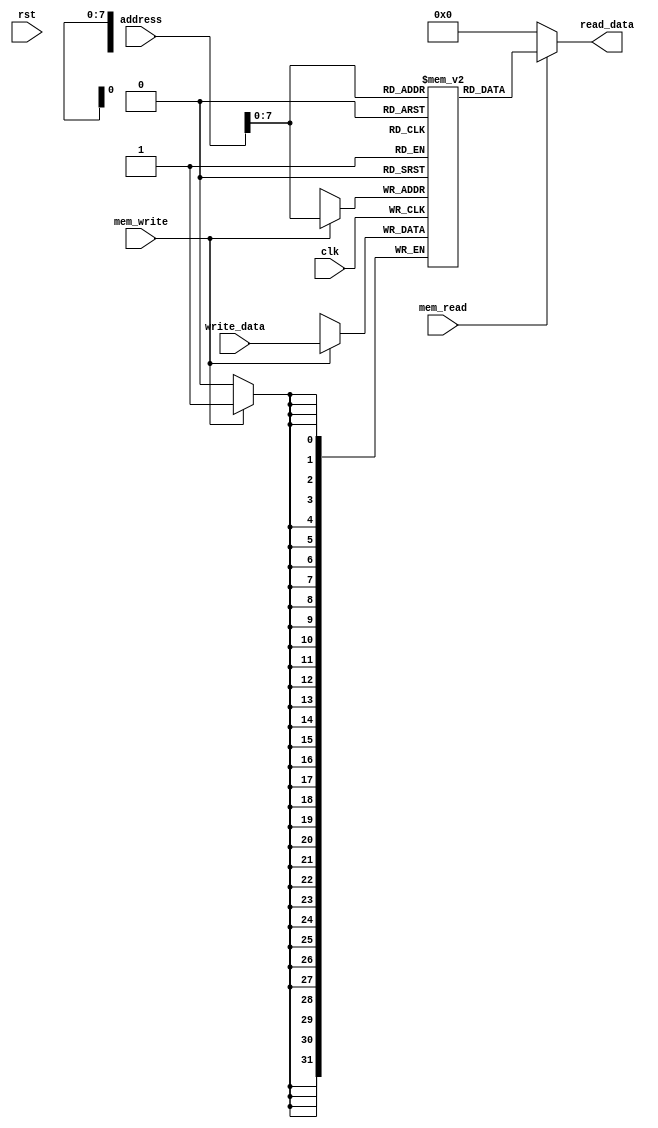
module Data_memory(input [31:0]address,write_data,input mem_read,mem_write,input clk,rst,output [31:0] read_data);
  reg [31:0] memory [255:0];
  assign read_data = mem_read ? memory[address] : 32'b0;

  always @ ( posedge clk ) begin
    if (mem_write) begin
      memory[address] = write_data;
    end
     // memory[1000] = 32'b00000000000000000000000000000001;
     // memory[1004] = 32'b00000000000000000000000000000010;
     // memory[1008] = 32'b00000000000000000000000000000011;
     // memory[1012] = 32'b00000000000000000000000000000100;
     // memory[1016] = 32'b00000000000000000000000000000101;
     // memory[1020] = 32'b00000000000000000000000000000110;
     // memory[1024] = 32'b00000000000000000000000000000111;
     // memory[1028] = 32'b00000000000000000000000000001000;
     // memory[1032] = 32'b00000000000000000000000000001001;
     // memory[1036] = 32'b00000000000000000000000000001010;
     // memory[1040] = 32'b00000000000000000000000000001011;
     // memory[1044] = 32'b00000000000000000000000000001100;
     // memory[1048] = 32'b00000000000000000000000000001101;
     // memory[1052] = 32'b00000000000000000000000000001110;
     // memory[1056] = 32'b00000000000000000000000000001111;
     // memory[1060] = 32'b00000000000000000000000000010000;
     // memory[1064] = 32'b00000000000000000000000000010001;
     // memory[1068] = 32'b00000000000000000000000000010010;
     // memory[1072] = 32'b00000000000000000000000000010011;
     // memory[1076] = 32'b00000000000000000000000000010100;
  end

endmodule //data_memory